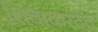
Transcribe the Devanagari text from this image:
शिवाकरदेव